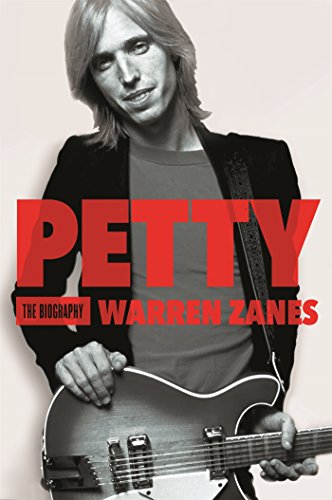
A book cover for Petty: The Biography; Warren Zanes; Humor & Entertainment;